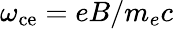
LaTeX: \omega_{\mathrm{ce}}=eB/m_{e}c